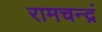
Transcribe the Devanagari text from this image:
रामचन्द्रं